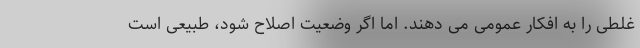
غلطی را به افکار عمومی می دهند. اما اگر وضعیت اصلاح شود، طبیعی است